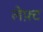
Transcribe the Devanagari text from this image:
लेफ़्ट